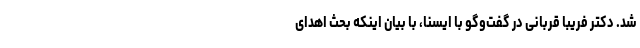
شد. دکتر فریبا قربانی در گفت‌وگو با ایسنا، با بیان اینکه بحث اهدای